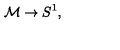
{ \cal { M } } \rightarrow S ^ { 1 } ,